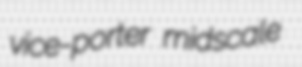
vice-porter midscale